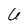
Character: U